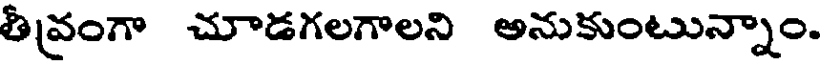
తీవ్రంగా చూడగలగాలని అనుకుంటున్నాం.